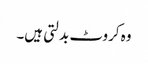
وہ کروٹ بدلتی ہیں۔